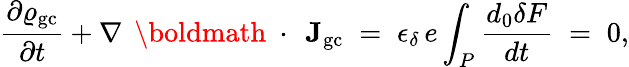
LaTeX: \frac{\partial\varrho_{\mathrm{gc}}}{\partial t}+\nabla\, \mathrm{~\boldmath~\cdot~}\, {\mathbf J}_{\mathrm{gc}}\; =\; \epsilon_{\delta}\, e\int_{P}\frac{d_{0}\delta F}{dt}\; =\; 0,